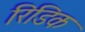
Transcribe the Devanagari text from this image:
रिडिक